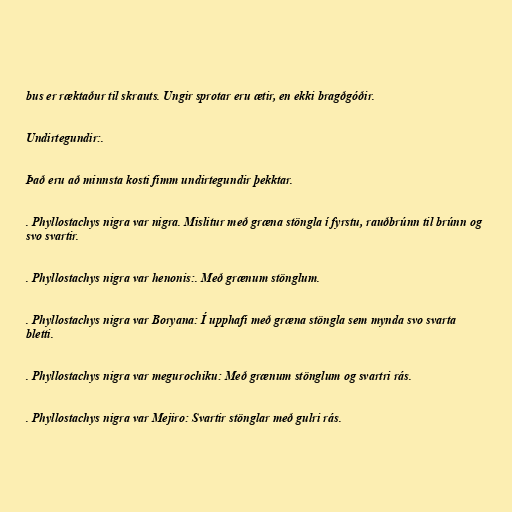
bus er ræktaður til skrauts. Ungir sprotar eru ætir, en ekki bragðgóðir.

Undirtegundir:.

Það eru að minnsta kosti fimm undirtegundir þekktar.

. Phyllostachys nigra var nigra. Mislitur með græna stöngla í fyrstu, rauðbrúnn til brúnn og
svo svartir.

. Phyllostachys nigra var henonis:. Með grænum stönglum.

. Phyllostachys nigra var Boryana: Í upphafi með græna stöngla sem mynda svo svarta
bletti.

. Phyllostachys nigra var megurochiku: Með grænum stönglum og svartri rás.

. Phyllostachys nigra var Mejiro: Svartir stönglar með gulri rás.